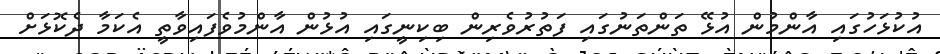
އުކުޅަހުގައި އާންމުން އުޅޭ ތަންތަނުގައި ފަތުރުވެރިން ބިކިނީގައި އުޅުން އާންމުވެފައިވާތީ އެކަމާ ދެކޮޅަށް